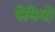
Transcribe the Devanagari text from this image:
पेमियों